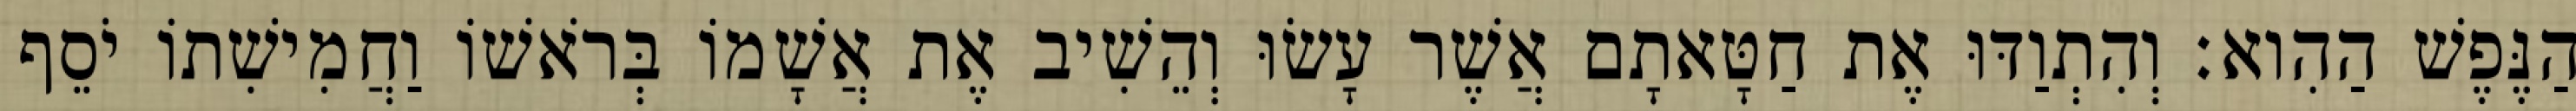
הַנֶּפֶשׁ הַהִוא׃ וְהִתְוַדּוּ אֶת חַטָּאתָם אֲשֶׁר עָשׂוּ וְהֵשִׁיב אֶת אֲשָׁמוֹ בְּרֹאשׁוֹ וַחֲמִישִׁתוֹ יֹסֵף